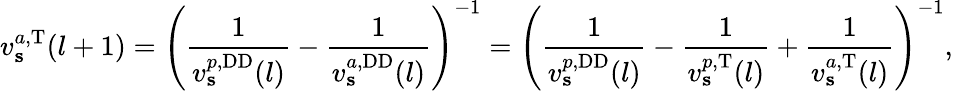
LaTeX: v_{\mathbf{s}}^{a,\mathrm{T}}(l+1)=\left(\frac{1}{v_{\mathbf{s}}^{p,\mathrm{DD}}(l)}-\frac{1}{v_{\mathbf{s}}^{a,\mathrm{DD}}(l)}\right)^{-1}=\left(\frac{1}{v_{\mathbf{s}}^{p,\mathrm{DD}}(l)}-\frac{1}{v_{\mathbf{s}}^{p,\mathrm{T}}(l)}+\frac{1}{v_{\mathbf{s}}^{a,\mathrm{T}}(l)}\right)^{-1},